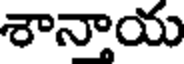
శాన్తాయ